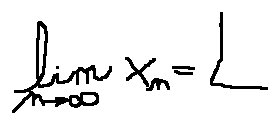
\lim \limits _ { n \rightarrow \infty } x _ { n } = L